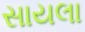
સાયલા